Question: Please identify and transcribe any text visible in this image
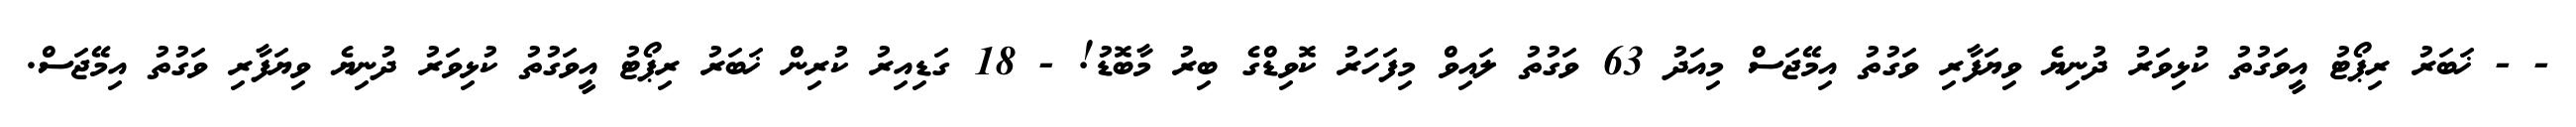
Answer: - - ޚަބަރު ރިޕޯޓު އީވަގުތު ކުޅިވަރު ދުނިޔެ ވިޔަފާރި ވަގުތު އިމޭޖަސް މިއަދު 63 ވަގުތު ލައިވް މިފަހަރު ކޮވިޑްގެ ބިރު މާބޮޑު! - 18 ގަޑިއިރު ކުރިން ޚަބަރު ރިޕޯޓު އީވަގުތު ކުޅިވަރު ދުނިޔެ ވިޔަފާރި ވަގުތު އިމޭޖަސް.